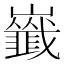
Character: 𡾺